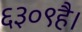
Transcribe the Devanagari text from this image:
६३०९है।